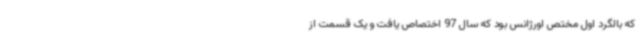
که بالگرد اول مختص اورژانس بود که سال 97 اختصاص یافت و یک قسمت از